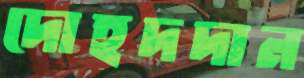
দোহদদান